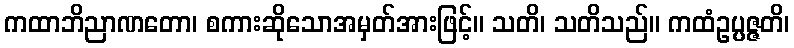
ကထာဘိညာဏတော၊ စကားဆိုသောအမှတ်အားဖြင့်။ သတိ၊ သတိသည်။ ကထံဥပ္ပဇ္ဇတိ၊